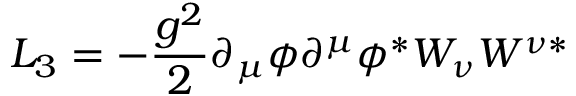
{ \cal L } _ { 3 } = - \frac { g ^ { 2 } } { 2 } \partial _ { \mu } \phi \partial ^ { \mu } \phi ^ { \ast } W _ { \nu } W ^ { \nu \ast }